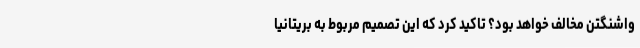
واشنگتن مخالف خواهد بود؟ تاکید کرد که این تصمیم مربوط به بریتانیا